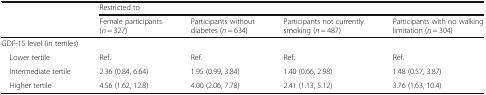
|  | <COLSPAN=4> Restricted to |
 |  | Female participants (n = 327) | Participants without diabetes (n = 634) | Participants not currently smoking (n = 487) | Participants with no walking limitation (n = 304) |
 | --- | --- | --- | --- | --- |
 | <COLSPAN=5> GDF-15 level (in tertiles) |
 | Lower tertile | Ref. | Ref. | Ref. | Ref. |
 | Intermediate tertile | 2.36 (0.84, 6.64) | 1.95 (0.99, 3.84) | 1.40 (0.66, 2.98) | 1.48 (0.57, 3.87) |
 | Higher tertile | 4.56 (1.62, 12.8) | 4.00 (2.06, 7.78) | 2.41 (1.13, 5.12) | 3.76 (1.63, 10.4) |